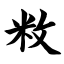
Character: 敉